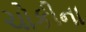
ચોકીના